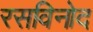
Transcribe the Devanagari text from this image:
रसविनोद